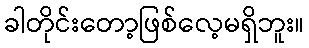
ခါတိုင်းတော့ဖြစ်လေ့မရှိဘူး။